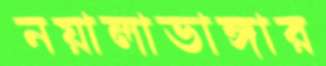
নয়ালাভাঙ্গার